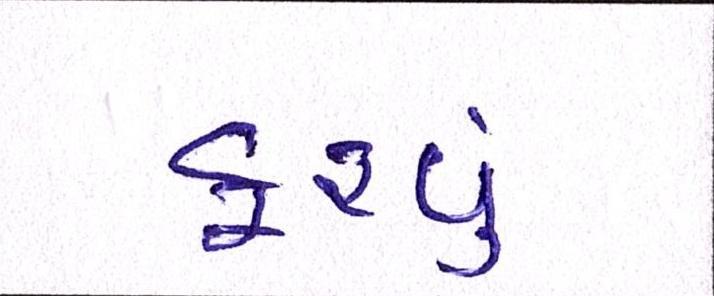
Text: ફરવુ